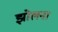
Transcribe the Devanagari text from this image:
झोलना